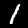
Digit: 1